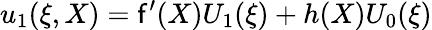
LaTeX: u_{1}(\xi,X)=\mathsf{f}^{\prime}(X)U_{1}(\xi)+h(X)U_{0}(\xi)